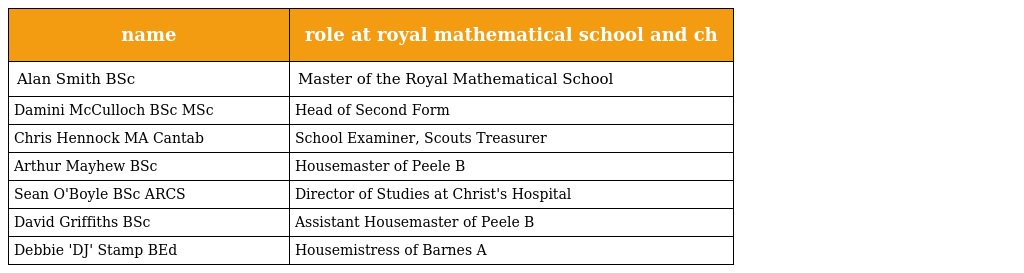
| name | role at royal mathematical school and ch |
 | --- | --- |
 | Alan Smith BSc | Master of the Royal Mathematical School |
 | Damini McCulloch BSc MSc | Head of Second Form |
 | Chris Hennock MA Cantab | School Examiner, Scouts Treasurer |
 | Arthur Mayhew BSc | Housemaster of Peele B |
 | Sean O'Boyle BSc ARCS | Director of Studies at Christ's Hospital |
 | David Griffiths BSc | Assistant Housemaster of Peele B |
 | Debbie 'DJ' Stamp BEd | Housemistress of Barnes A |